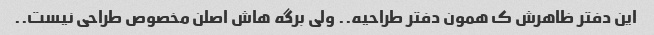
این دفتر ظاهرش ک همون دفتر طراحیه.. ولی برگه هاش اصلن مخصوص طراحی نیست..